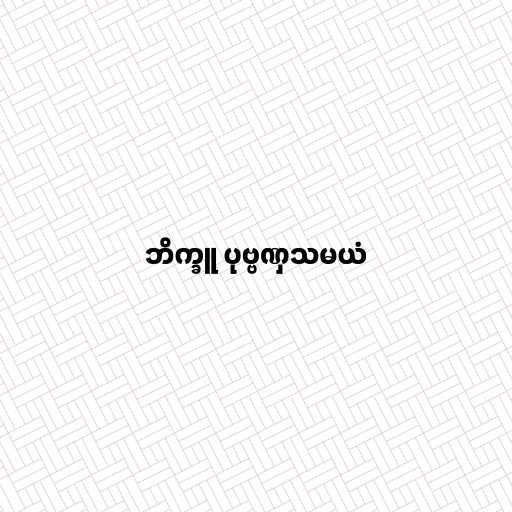
ဘိက္ခူ ပုဗ္ဗဏှသမယံ